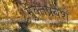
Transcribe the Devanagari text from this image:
मुक्तप्रवेश